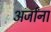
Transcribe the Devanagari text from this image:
अर्जांना